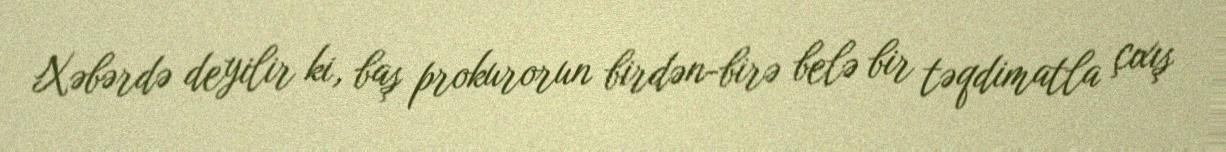
Xəbərdə deyilir ki, baş prokurorun birdən-birə belə bir təqdimatla çıxış